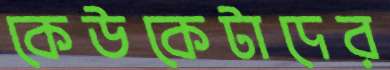
কেউকেটাদের